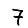
Digit: 7